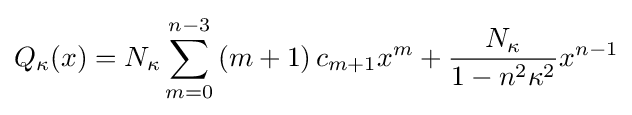
Q_{\kappa }(x)=N_{\kappa }\sum _{m=0}^{n-3}\left(m+1\right)c_{m+1}x^{m}+{\frac {N_{\kappa }}{1-n^{2}\kappa ^{2}}}x^{n-1}